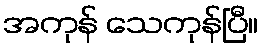
အကုန် သေကုန်ပြီ။